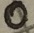
Text: 0